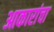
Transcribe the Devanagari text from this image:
आकारांचा